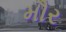
મૌર